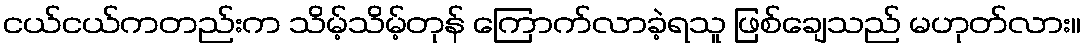
ငယ်ငယ်ကတည်းက သိမ့်သိမ့်တုန် ကြောက်လာခဲ့ရသူ ဖြစ်ချေသည် မဟုတ်လား။